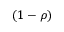
( 1 - \rho )